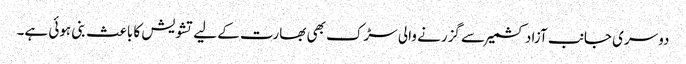
دوسری جانب آزاد کشمیر سے گزرنے والی سڑک بھی بھارت کے لیے تشویش کا باعث بنی ہوئی ہے۔